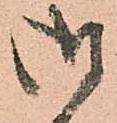
御